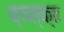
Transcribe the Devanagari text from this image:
व्यत्क्त